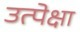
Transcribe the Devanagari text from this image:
उत्पेक्षा